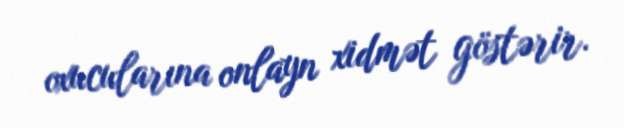
oxucularına onlayn xidmət göstərir.